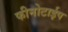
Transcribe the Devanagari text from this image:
फीनोटाईप